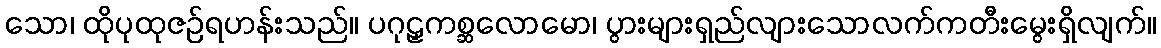
သော၊ ထိုပုထုဇဉ်ရဟန်းသည်။ ပဂုဠှကစ္ဆလောမော၊ ပွားများရှည်လျားသောလက်ကတီးမွေးရှိလျက်။